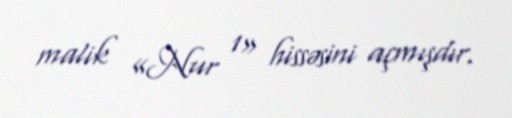
malik «Nur 1» hissəsini açmışdır.